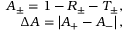
\begin{array} { r } { A _ { \pm } = 1 - R _ { \pm } - T _ { \pm } , } \\ { \Delta A = \left| A _ { + } - A _ { - } \right| , } \end{array}